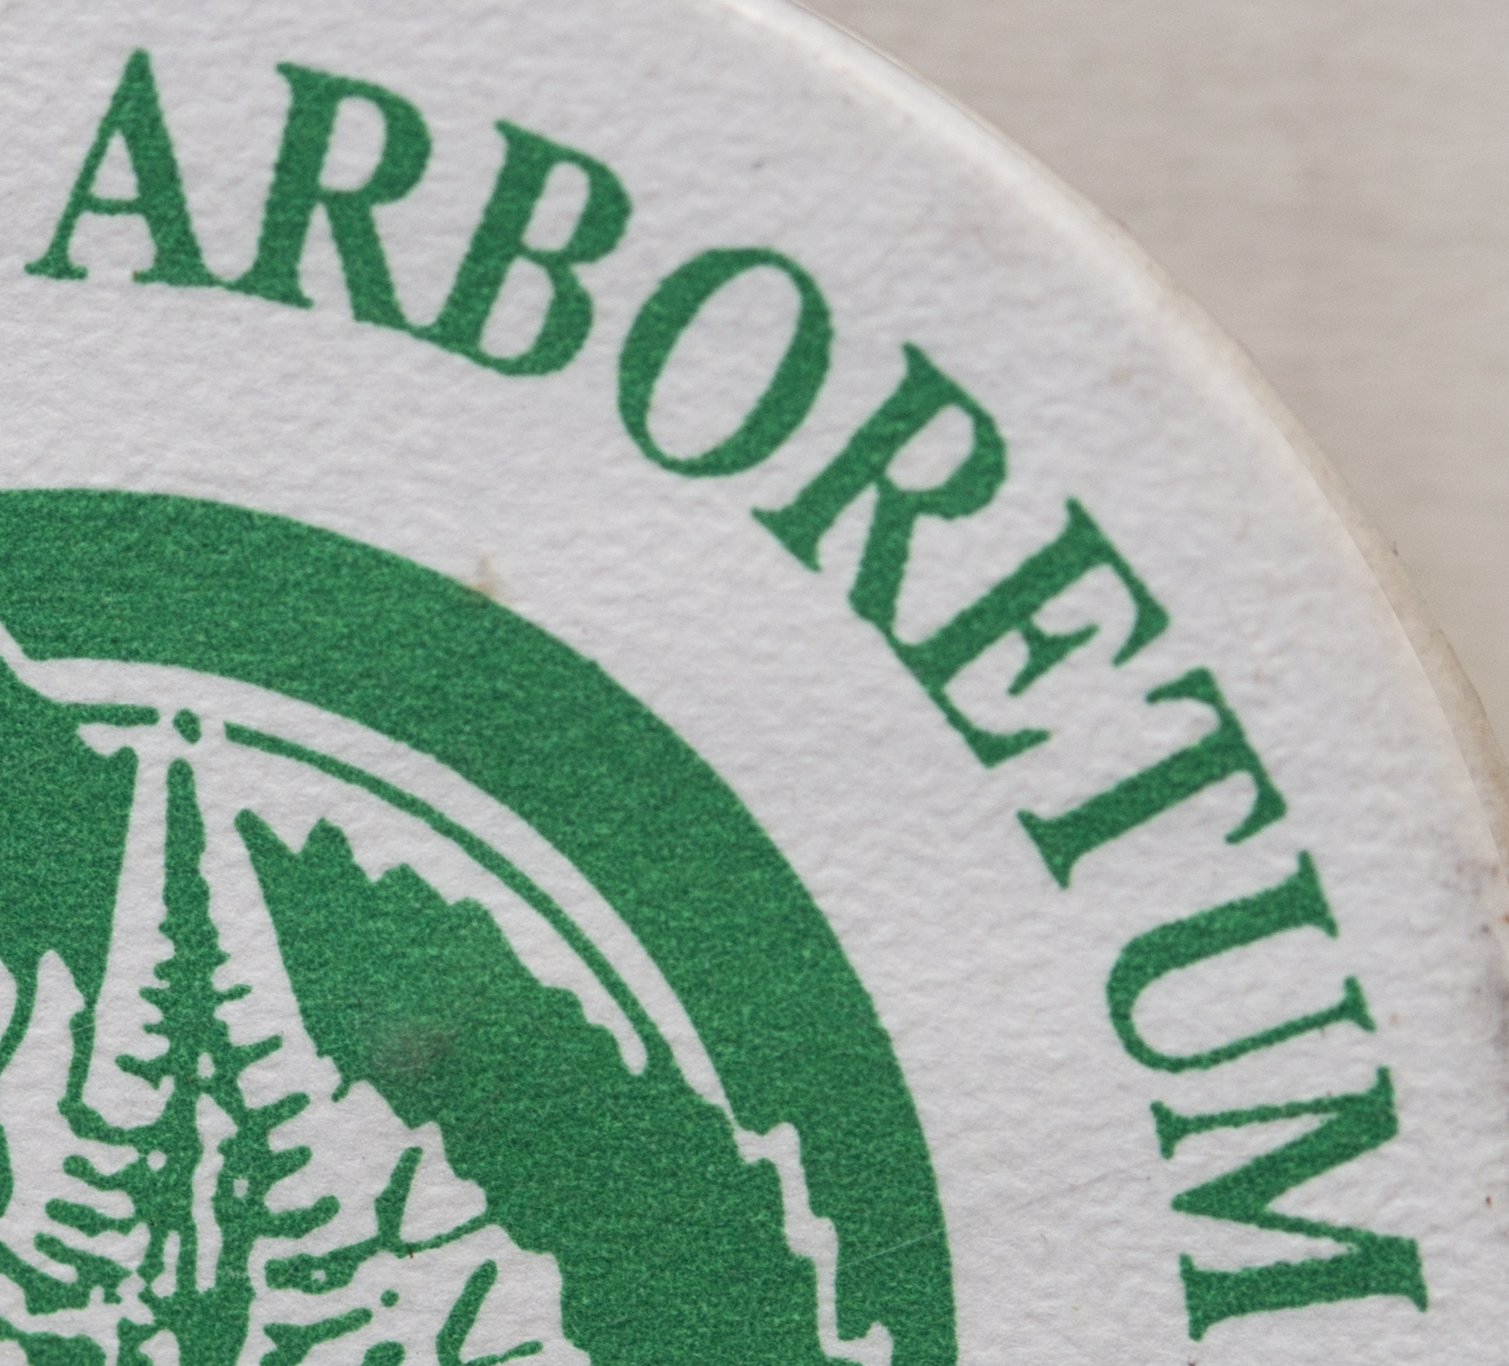
ARBORETUM